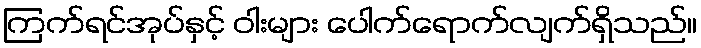
ကြက်ရင်အုပ်နှင့် ဝါးများ ပေါက်ရောက်လျက်ရှိသည်။